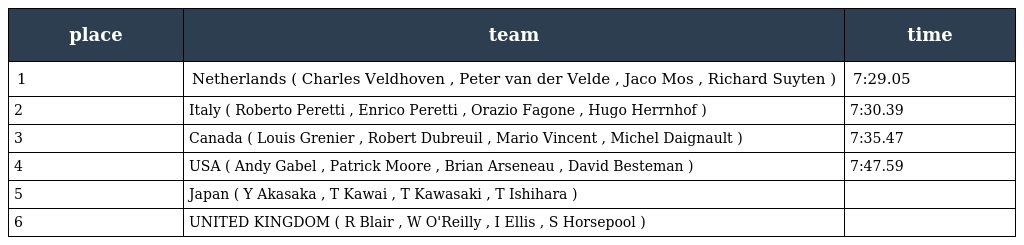
| place | team | time |
 | --- | --- | --- |
 | 1 | Netherlands ( Charles Veldhoven , Peter van der Velde , Jaco Mos , Richard Suyten ) | 7:29.05 |
 | 2 | Italy ( Roberto Peretti , Enrico Peretti , Orazio Fagone , Hugo Herrnhof ) | 7:30.39 |
 | 3 | Canada ( Louis Grenier , Robert Dubreuil , Mario Vincent , Michel Daignault ) | 7:35.47 |
 | 4 | USA ( Andy Gabel , Patrick Moore , Brian Arseneau , David Besteman ) | 7:47.59 |
 | 5 | Japan ( Y Akasaka , T Kawai , T Kawasaki , T Ishihara ) |  |
 | 6 | UNITED KINGDOM ( R Blair , W O'Reilly , I Ellis , S Horsepool ) |  |